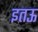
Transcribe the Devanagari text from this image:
इतऊ